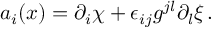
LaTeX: a _ { i } ( x ) = \partial _ { i } \chi + \epsilon _ { i j } g ^ { j l } \partial _ { l } \xi \, .